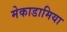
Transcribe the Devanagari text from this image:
मेकाडामिया